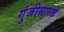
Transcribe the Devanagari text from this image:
गुंजीसारखे